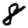
Digit: 8